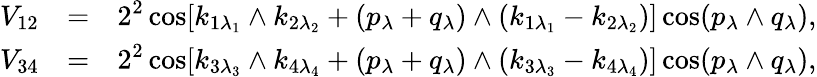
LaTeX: \begin{array}{rcl}{{V_{12}}}&{{=}}&{{\displaystyle 2^{2}\cos[k_{1\lambda_{1}}\wedge k_{2\lambda_{2}}+(p_{\lambda}+q_{\lambda})\wedge(k_{1\lambda_{1}}-k_{2\lambda_{2}})]\cos(p_{\lambda}\wedge q_{\lambda}),}}\\ {{V_{34}}}&{{=}}&{{\displaystyle 2^{2}\cos[k_{3\lambda_{3}}\wedge k_{4\lambda_{4}}+(p_{\lambda}+q_{\lambda})\wedge(k_{3\lambda_{3}}-k_{4\lambda_{4}})]\cos(p_{\lambda}\wedge q_{\lambda}),}}\end{array}